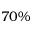
7 0 \%